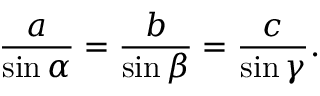
{ \frac { a } { \sin \alpha } } = { \frac { b } { \sin \beta } } = { \frac { c } { \sin \gamma } } .